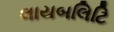
લાયબલિટિ